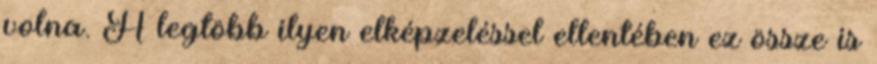
volna. A legtöbb ilyen elképzeléssel ellentében ez össze is